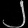
Digit: ၂